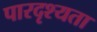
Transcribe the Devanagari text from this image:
पारदृश्यता